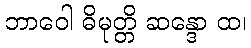
ဘာဝေါ ဓိမုတ္တိ ဆန္ဒော ထ၊